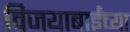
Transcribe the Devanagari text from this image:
विजयाबाईंच्या